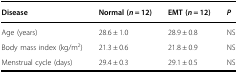
| Disease | Normal (n = 12) | EMT (n = 12) | P |
 | --- | --- | --- | --- |
 | Age (years) | 28.6 ± 1.0 | 28.9 ± 0.8 | NS |
 | Body mass index (kg/m2) | 21.3 ± 0.6 | 21.8 ± 0.9 | NS |
 | Menstrual cycle (days) | 29.4 ± 0.3 | 29.1 ± 0.5 | NS |